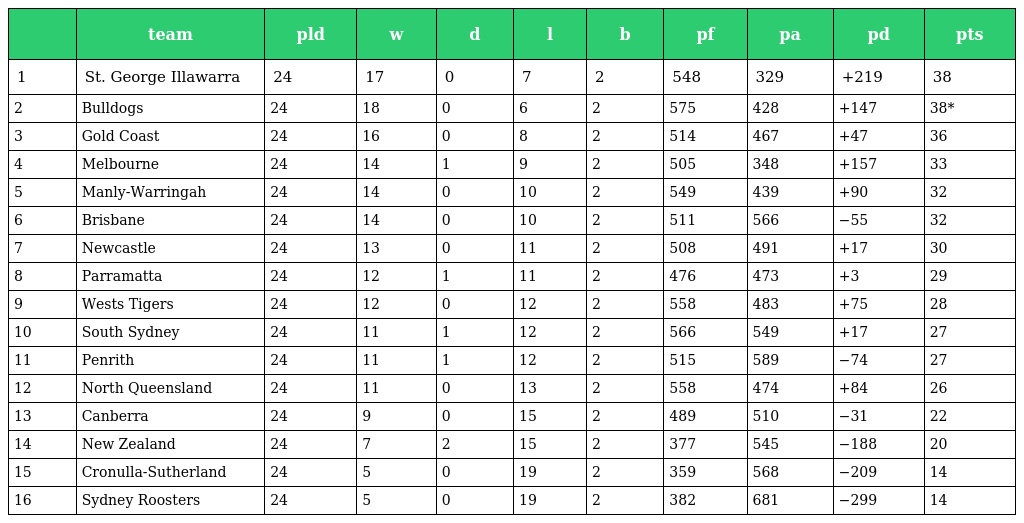
|  | team | pld | w | d | l | b | pf | pa | pd | pts |
 | --- | --- | --- | --- | --- | --- | --- | --- | --- | --- | --- |
 | 1 | St. George Illawarra | 24 | 17 | 0 | 7 | 2 | 548 | 329 | +219 | 38 |
 | 2 | Bulldogs | 24 | 18 | 0 | 6 | 2 | 575 | 428 | +147 | 38* |
 | 3 | Gold Coast | 24 | 16 | 0 | 8 | 2 | 514 | 467 | +47 | 36 |
 | 4 | Melbourne | 24 | 14 | 1 | 9 | 2 | 505 | 348 | +157 | 33 |
 | 5 | Manly-Warringah | 24 | 14 | 0 | 10 | 2 | 549 | 439 | +90 | 32 |
 | 6 | Brisbane | 24 | 14 | 0 | 10 | 2 | 511 | 566 | −55 | 32 |
 | 7 | Newcastle | 24 | 13 | 0 | 11 | 2 | 508 | 491 | +17 | 30 |
 | 8 | Parramatta | 24 | 12 | 1 | 11 | 2 | 476 | 473 | +3 | 29 |
 | 9 | Wests Tigers | 24 | 12 | 0 | 12 | 2 | 558 | 483 | +75 | 28 |
 | 10 | South Sydney | 24 | 11 | 1 | 12 | 2 | 566 | 549 | +17 | 27 |
 | 11 | Penrith | 24 | 11 | 1 | 12 | 2 | 515 | 589 | −74 | 27 |
 | 12 | North Queensland | 24 | 11 | 0 | 13 | 2 | 558 | 474 | +84 | 26 |
 | 13 | Canberra | 24 | 9 | 0 | 15 | 2 | 489 | 510 | −31 | 22 |
 | 14 | New Zealand | 24 | 7 | 2 | 15 | 2 | 377 | 545 | −188 | 20 |
 | 15 | Cronulla-Sutherland | 24 | 5 | 0 | 19 | 2 | 359 | 568 | −209 | 14 |
 | 16 | Sydney Roosters | 24 | 5 | 0 | 19 | 2 | 382 | 681 | −299 | 14 |